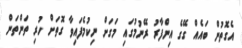
އެގޮތުން ބައެއް ގޭގެ އިންފާރު ރޭނުމުގައި މަގަށް ނިކުމެފައިވާ ގޮތަށް ހުރި ތަންތަން